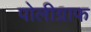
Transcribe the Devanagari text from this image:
पोलीग्राफ